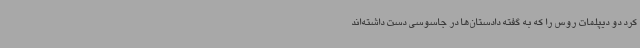
کرد دو دیپلمات روس را که به گفته دادستان‌ها در جاسوسی دست داشته‌اند